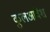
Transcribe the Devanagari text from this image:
कुलआवेश